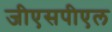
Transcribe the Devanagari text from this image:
जीएसपीएल